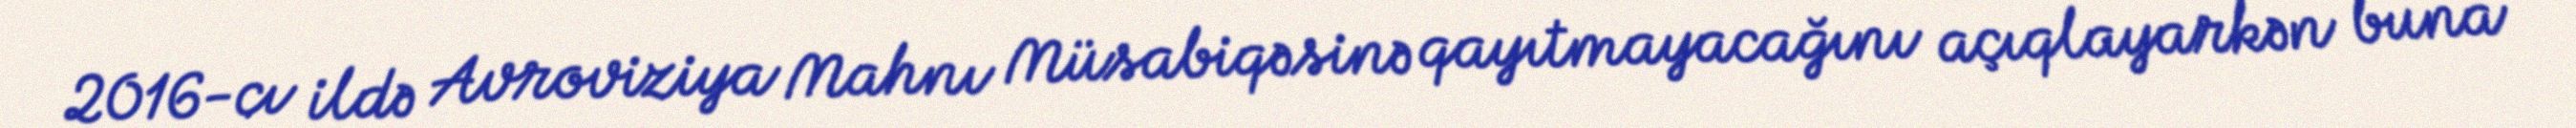
2016-cı ildə Avroviziya Mahnı Müsabiqəsinə qayıtmayacağını açıqlayarkən buna